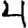
Digit: 4